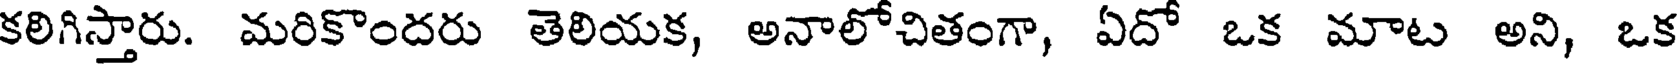
కలిగిస్తారు. మరికొందరు తెలియక, అనాలోచితంగా, ఏదో ఒక మాట అని, ఒక